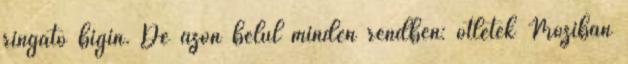
ringató bigin. De azon belül minden rendben: ötletek Moziban